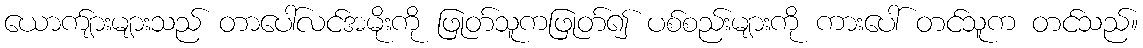
ယောက်ျားများသည် တာပေါ်လင်အမိုးကို ဖြုတ်သူကဖြုတ်၍ ပစ်စည်းများကို ကားပေါ် တင်သူက တင်သည်။